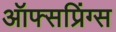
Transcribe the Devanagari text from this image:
ऑफ्सप्रिंग्स